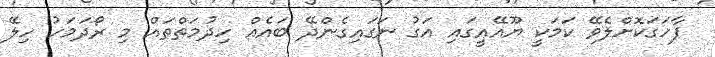
ފާހަގަކޮށްލެވޭ ކަމަކީ ޔޫއޭއީގައި އަގު ނަގައިގެންދޭ ބައެއް ހިދުމަތްތައް މި ރޯދަމަހު ހިލޭ